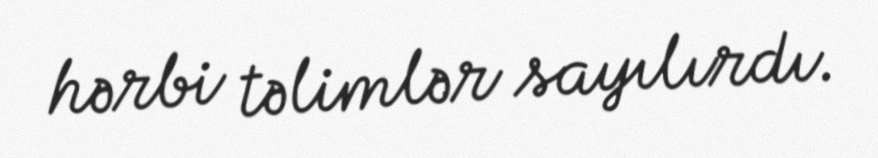
hərbi təlimlər sayılırdı.